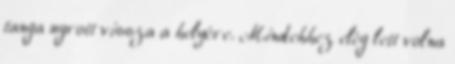
tanga ugrott vissza a helyére. Mindehhez elég lett volna